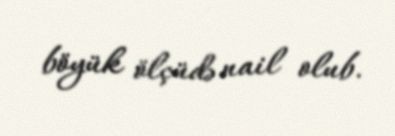
böyük ölçüdə nail olub.